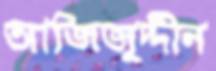
আজিজুদ্দীন